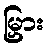
မြှား